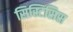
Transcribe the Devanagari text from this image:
सिस्टिसिस